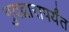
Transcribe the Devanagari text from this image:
गुदद्वारापर्यंत